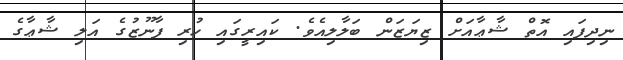
ނިދިފައި އޮތް ޝާޢާއަށް ޒިޔަޒަން ބަލާލިއެވެ. ކައިރީގައި ހުރި ފާނޫޒުގެ އަލި ޝާޢާގެ